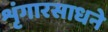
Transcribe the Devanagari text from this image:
शृंगारसाधने